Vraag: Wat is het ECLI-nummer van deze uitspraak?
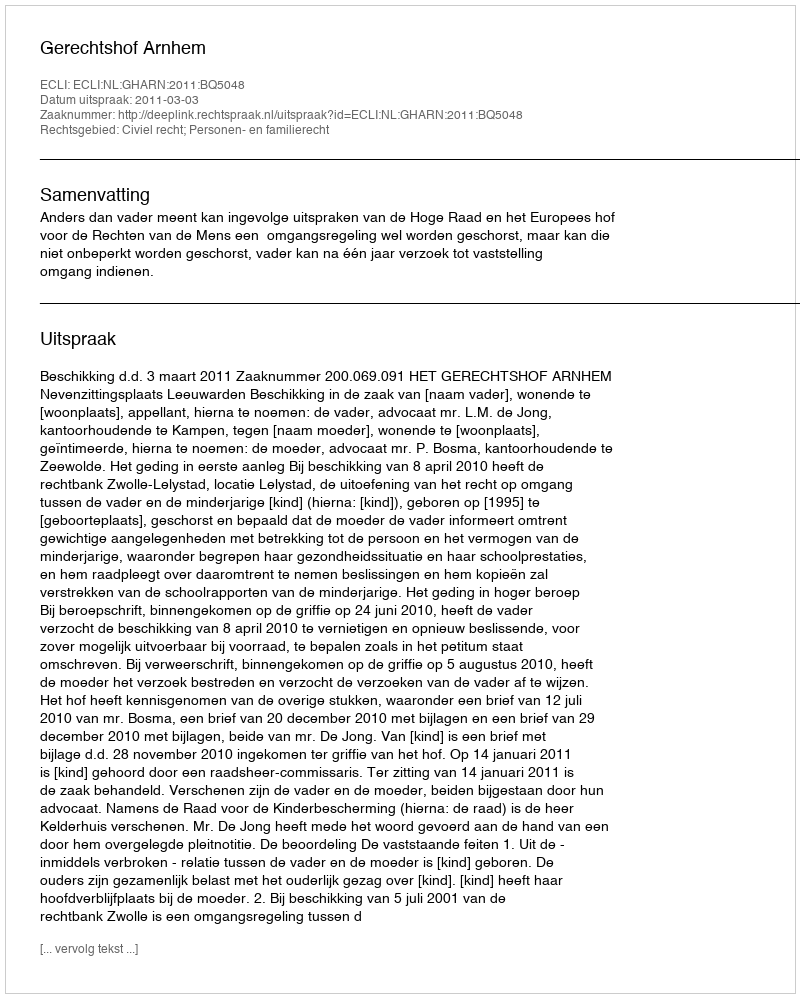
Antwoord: ECLI:NL:GHARN:2011:BQ5048